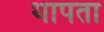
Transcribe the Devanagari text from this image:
थापता